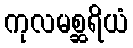
ကုလမစ္ဆရိယံ